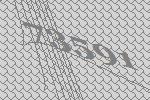
73591